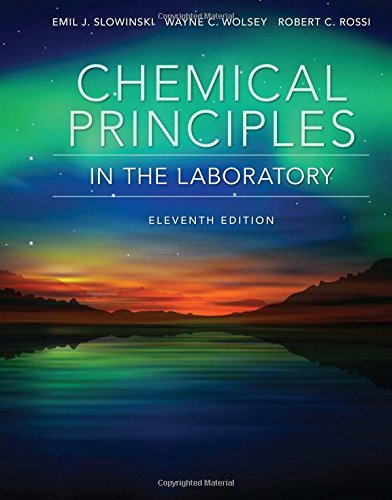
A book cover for Chemical Principles in the Laboratory; Emil Slowinski; Science & Math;